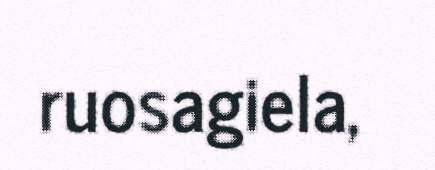
ruosagiela,